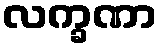
လက္ခဏာ